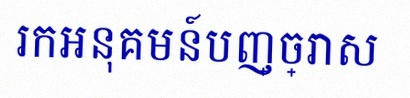
រកអនុគមន៍បញ្ច្រាស